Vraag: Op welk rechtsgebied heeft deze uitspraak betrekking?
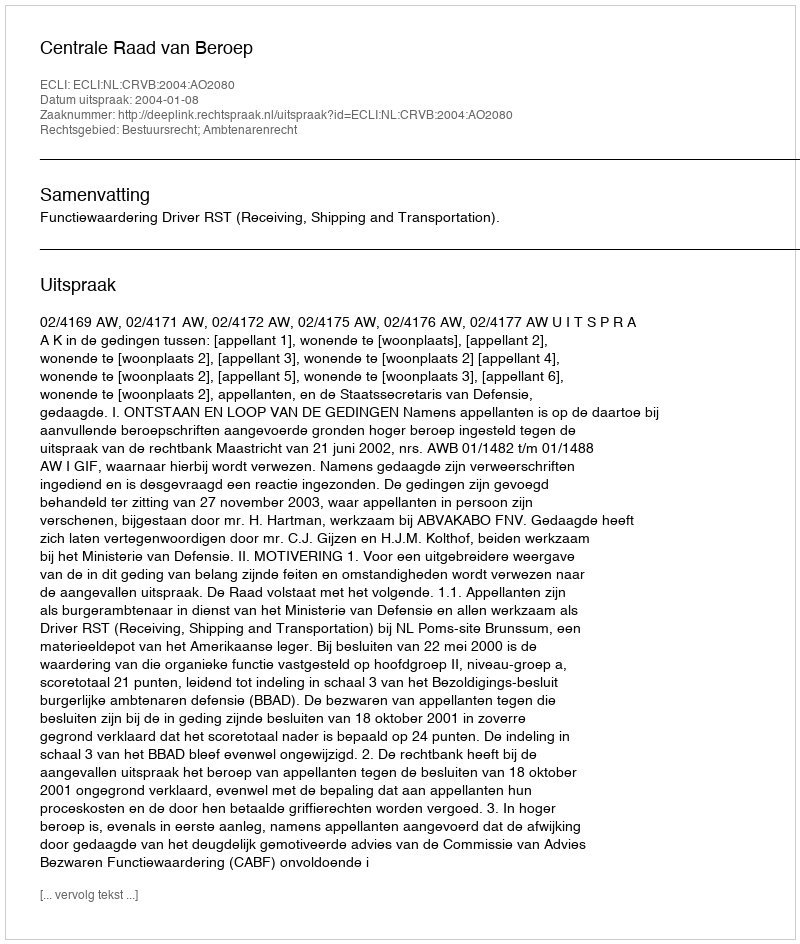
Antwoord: Bestuursrecht; Ambtenarenrecht